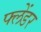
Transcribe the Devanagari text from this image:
फ्लेंडर